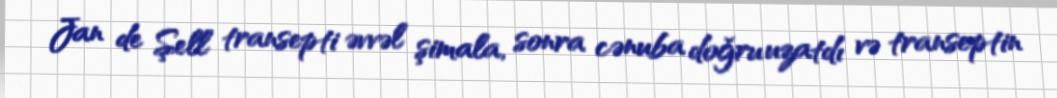
Jan de Şell transepti əvvəl şimala, sonra cənuba doğru uzatdı və transeptin